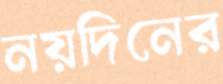
নয়দিনের